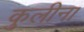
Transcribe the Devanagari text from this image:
कुलीना